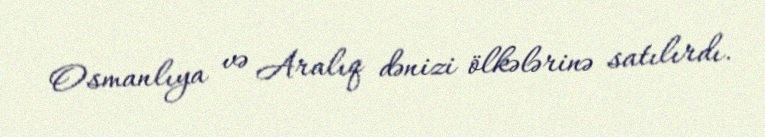
Osmanlıya və Aralıq dənizi ölkələrinə satılırdı.